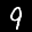
Label: 9